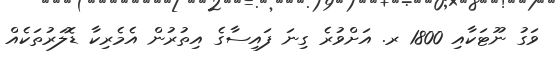
ވަގު ނޫޓަކާއި 1800 ރ. އަށްވުރެ ގިނަ ފައިސާގެ އިތުރުން އެމެރިކާ ޑޮލަރުތަކެއް